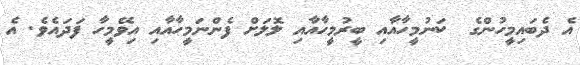
އެ ދެބައިމީހުންގެ  ކަނުމީހާއާއި ބީރުމީހާއާއި ލޮލަށް ފެންނަމީހާއާއި އިވޭމީހާ ފަދައެވެ. އެ